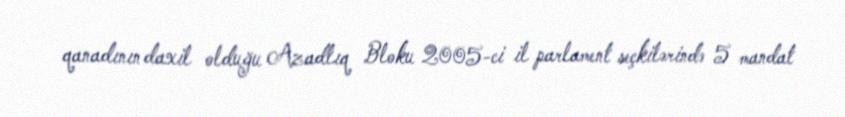
qanadının daxil olduğu Azadlıq Bloku 2005-ci il parlament seçkilərində 5 mandat